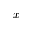
x